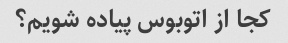
کجا از اتوبوس پیاده شویم؟